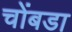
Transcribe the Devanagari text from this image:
चोंबडा